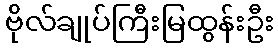
ဗိုလ်ချုပ်ကြီးမြထွန်းဦး